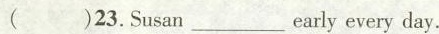
( )23.Susan___early every day.